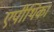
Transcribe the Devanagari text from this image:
एपीथिका